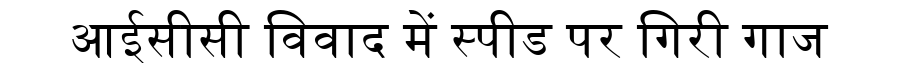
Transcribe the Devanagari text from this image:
आईसीसी विवाद में स्पीड पर गिरी गाज